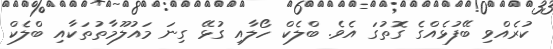
ކުރެއްވި ބޭފުޅެއްގެ ގޮތުގަ އެވެ. ބްލެކް ހޯލާއި ގުޅޭ ގިނަ މައުލޫމާތުތަކާއި ބްލެކް